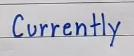
Currently